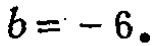
\(b = - 6.\)